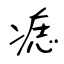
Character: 痣